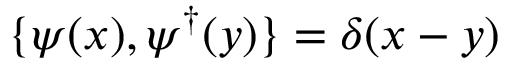
\{ \psi ( x ) , \psi ^ { \dagger } ( y ) \} = \delta ( x - y )